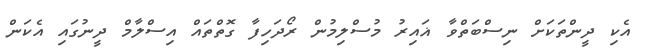
އެކި ދީންތަކަށް ނިސްބަތްވާ ޣައިރު މުސްލިމުން ރޯދަހިފާ ގޮތްތައް އިސްލާމް ދީނުގައި އެކަން